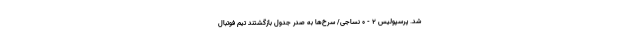
شد. پرسپولیس 2 - 0 نساجی/ سرخ‌ها به صدر جدول بازگشتند تیم فوتبال